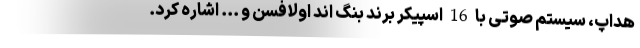
هداپ، سیستم صوتی با 16 اسپیکر برند بنگ اند اولافسن و ... اشاره کرد.